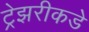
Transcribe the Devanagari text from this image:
ट्रेझरीकडे